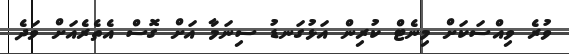
ވުރެ ވިއްސަކަށް މިނެޓް ކުރިން އަޅުގަނޑު ސިނަމާ އަށް ގޮސް އެތެރެއަށް ވަދެ